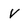
Character: V